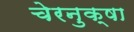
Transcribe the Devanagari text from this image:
चेरनुक्षा